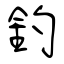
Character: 釣